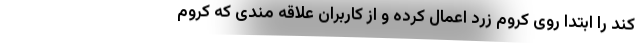
کند را ابتدا روی کروم زرد اعمال کرده و از کاربران علاقه مندی که کروم